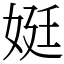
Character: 娗